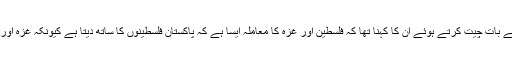
اسلام آباد ایئرپورٹ پر ترکی روانگی سے قبل صحافیوں سے بات چیت کرتے ہوئے ان کا کہنا تھا کہ فلسطین اور غزہ کا معاملہ ایسا ہے کہ پاکستان فلسطینوں کا ساتھ دیتا ہے کیونکہ غزہ اور کشمیر میں ہونے والے مظالم کو دنیا میں نہیں دکھایا جاتا۔